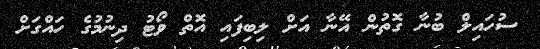
ސުހައިލް ބުނާ ގޮތުން އޭނާ އަށް ލިބިފައި އޮތް ވޯޓު ދިނުމުގެ ހައްގަށް